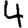
Digit: 4